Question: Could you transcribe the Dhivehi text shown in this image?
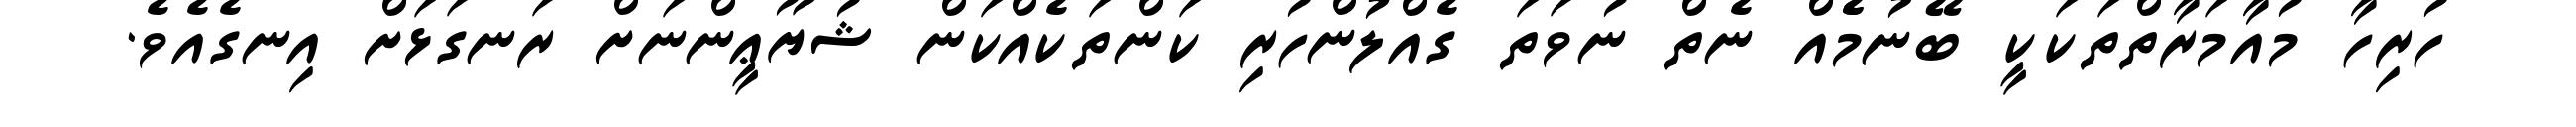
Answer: ހުރިހާ މުއާމަރާތްތަކަކީ ބޭނުމެެއް ނެތް ނުވަތަ ގެއްލުންހުރި ކަންތަކެއްކަން ޝުޔޫޢީންނަށް ރަނގަޅަށް އިނގެއެވެ.